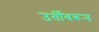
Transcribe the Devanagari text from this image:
उतीँवरून